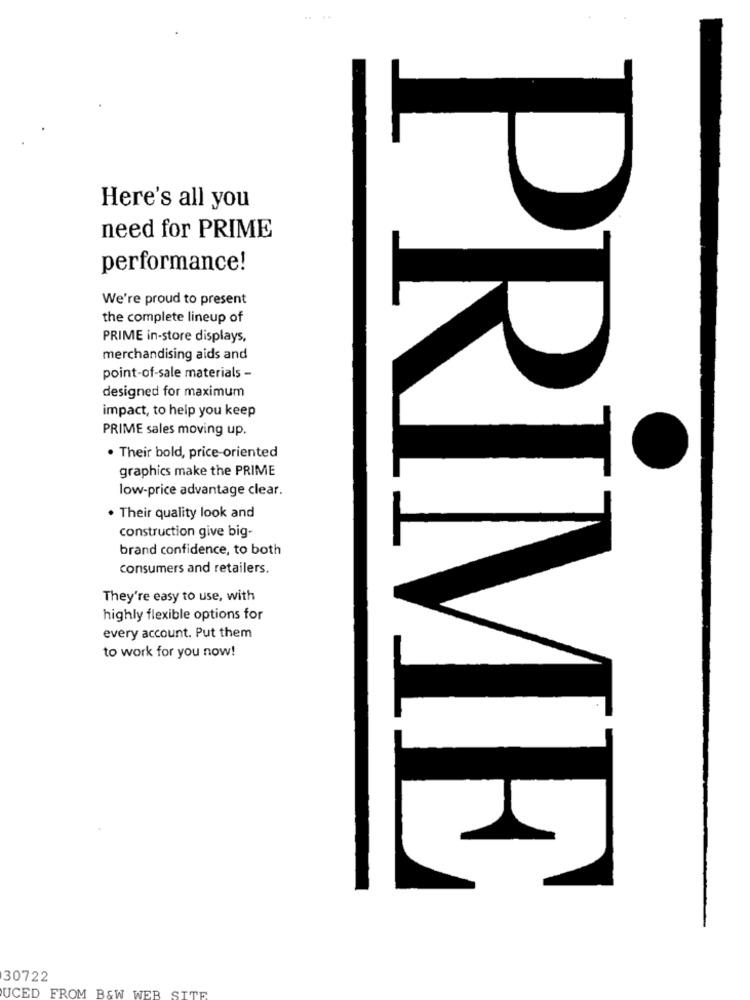
Here's all you
need for PRIME
performance!
We're proud to present
the complete lineup of
PRIME in-store displays,
merchandising aids and
point-of-sale materials -
designed for maximum
impact, to help you keep
PRIME sales moving up.
. Their bold, price-oriented
graphics make the PRIME
low-price advantage clear.
. Their quality look and
construction give big-
brand confidence, to both
consumers and retailers.
They're easy to use, with
highly flexible options for
every account. Put them
to work for you now!
PRIME
30722
UCED FROM B&W WEB SITE